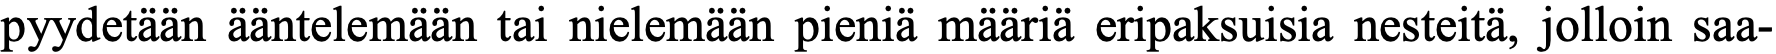
pyydetään ääntelemään tai nielemään pieniä määriä eripaksuisia nesteitä, jolloin saa-